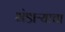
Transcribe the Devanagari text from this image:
भंडाऱ्याचा